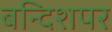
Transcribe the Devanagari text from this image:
बन्दिशपर